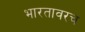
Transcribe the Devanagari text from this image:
भारतावरच